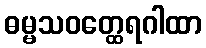
ဓမ္မသဝတ္ထေရဂါထာ